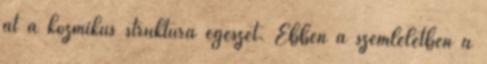
át a kozmikus struktúra egészét. Ebben a szemléletben a